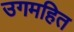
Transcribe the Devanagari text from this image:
उगमहित